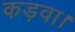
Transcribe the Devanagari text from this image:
कड़वा।